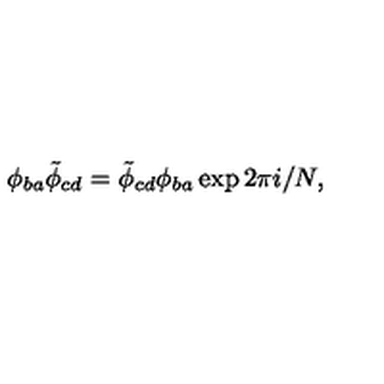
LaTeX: \phi _ { b a } \tilde { \phi } _ { c d } = \tilde { \phi } _ { c d } \phi _ { b a } \exp 2 \pi i / N ,